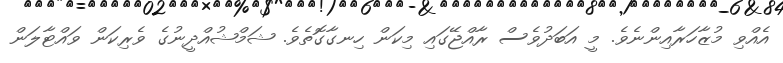
އެއްވި މުޒާހަރާއިންނެވެ. މީ އަބަދުވެސް ރާއްޖޭގައި މިކަން ހިނގާގޮތެވެ. ޝަމްޝުއްދީނުގެ ވެރިކަން ވައްޓާލަން